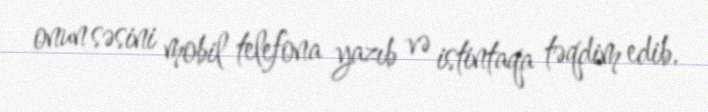
onun səsini mobil telefona yazıb və istintaqa təqdim edib.